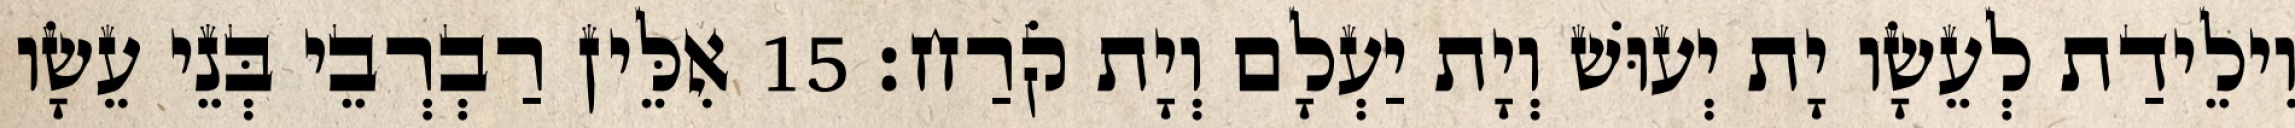
וִילֵידַת לְעֵשָׂו יָת יְעוּשׁ וְיָת יַעְלָם וְיָת קֹרַח׃ 15 אִלֵּין רַבְרְבֵי בְּנֵי עֵשָׂו